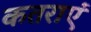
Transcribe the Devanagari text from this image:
कतराएं